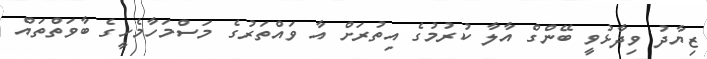
ޒިޔާދު ވިދާޅުވީ ބޭންގް އާލާ ކުރުމުގެ އިތުރަށް އާ ވައްތަރުގެ މަސްމަހާމެހީގެ ބާވަތްތައް